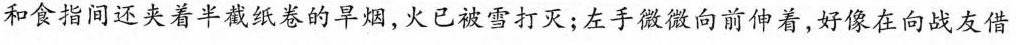
和食指间还夹着半截纸卷的旱烟，火已被雪打灭；左手微微向前伸着，好像在向战友借